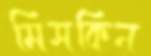
মিসকিন